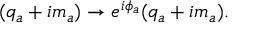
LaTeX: ( q _ { a } + i m _ { a } ) \rightarrow e ^ { i \phi _ { a } } ( q _ { a } + i m _ { a } ) .